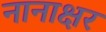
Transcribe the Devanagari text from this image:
नानाक्षर